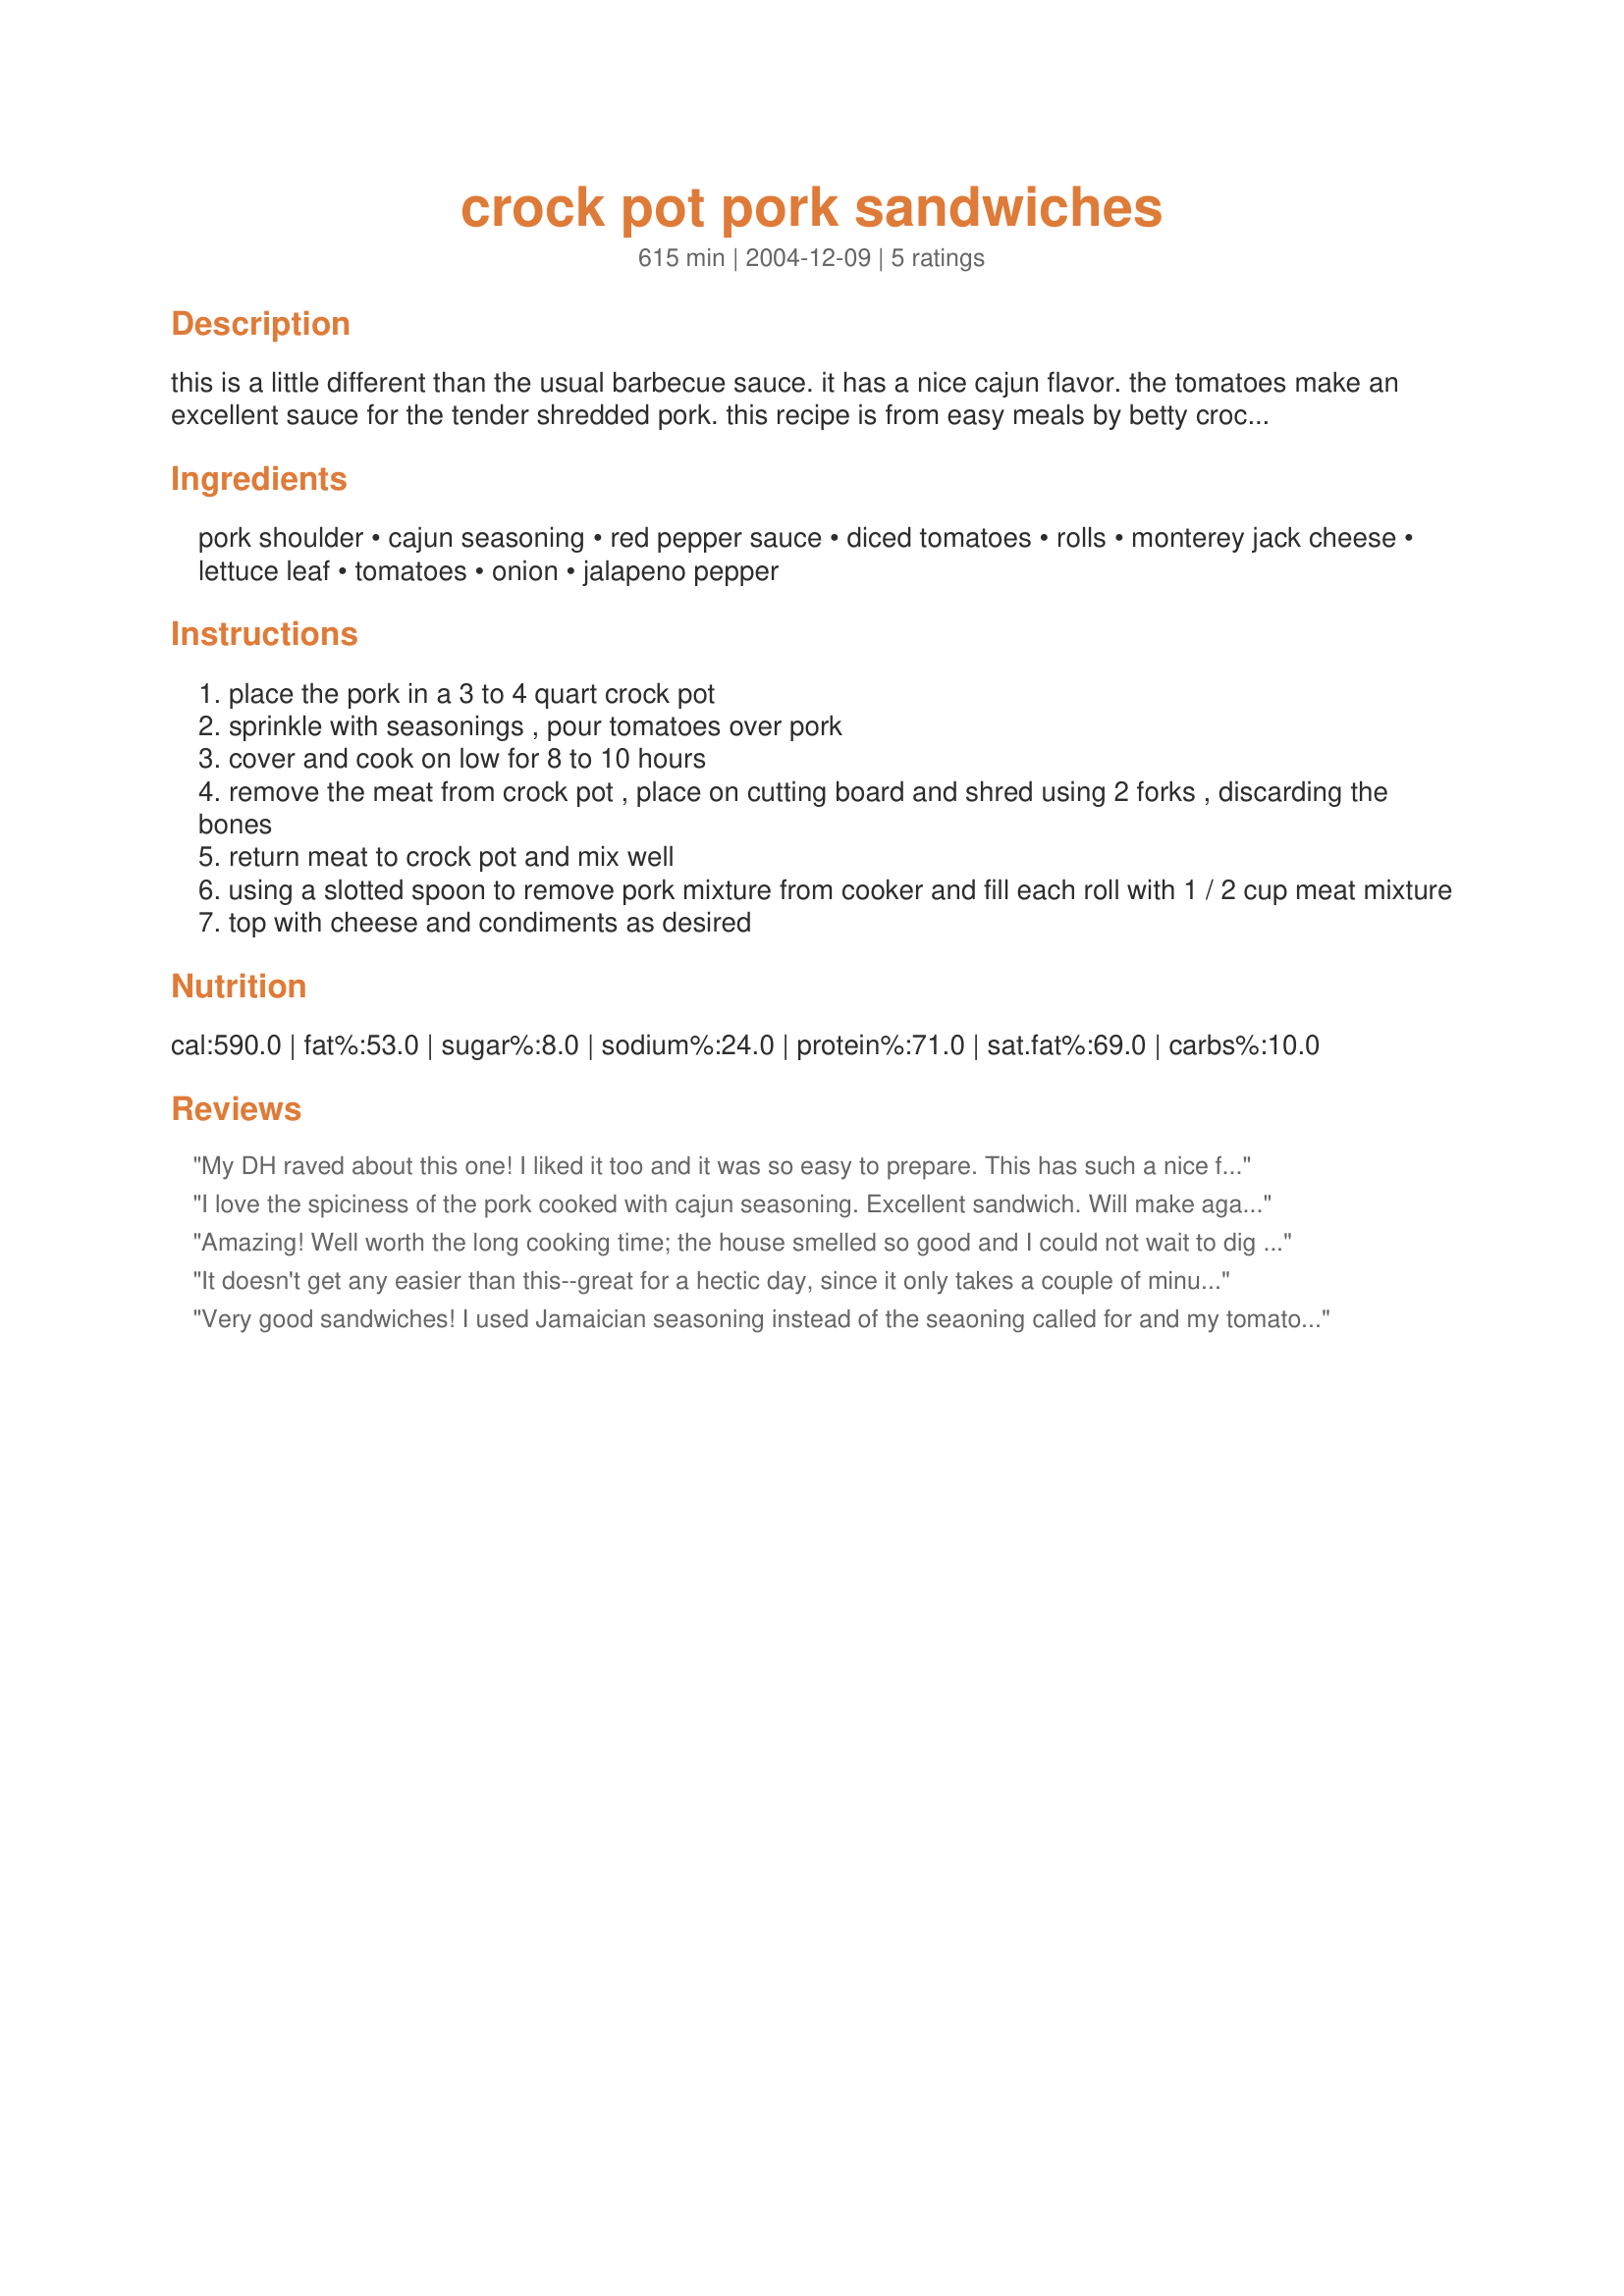
crock pot pork sandwiches
Preparation time: 615 minutes

this is a little different than the usual barbecue sauce. it has a nice cajun flavor. the tomatoes make an excellent sauce for the tender shredded pork. this recipe is from easy meals by betty crocker.

Ingredients:
pork shoulder, cajun seasoning, red pepper sauce, diced tomatoes, rolls, monterey jack cheese, lettuce leaf, tomatoes, onion, jalapeno pepper

Steps:
place the pork in a 3 to 4 quart crock pot
sprinkle with seasonings , pour tomatoes over pork
cover and cook on low for 8 to 10 hours
remove the meat from crock pot , place on cutting board and shred using 2 forks , discarding the bones
return meat to crock pot and mix well
using a slotted spoon to remove pork mixture from cooker and fill each roll with 1 / 2 cup meat mixture
top with cheese and condiments as desired

Reviews:
My DH raved about this one! I liked it too and it was so easy to prepare. This has such a nice flavor and is different from the usual BBQ pork. I liked that it isn't drowning in sauce. I reduced the amounts to prepare half of the recipe and used a Cajun seasoning recipe posted on zaar. I was a little worried about how hot this might turn out so I didn't add the full amount of cayenne. The meat has such a nice flavor, but wasn't hot at all. Next time I will add all of the pepper. Did I mention I loved this because it was easy? This recipe goes into my keeper file. Thank you Paula!!!!
I love the spiciness of the pork cooked with cajun seasoning. Excellent sandwich. Will make again soon.
Amazing! Well worth the long cooking time; the house smelled so good and I could not wait to dig into this! Made such a lovely change from BBQ pork; really loved the cajun spices in this recipe too!
It doesn't get any easier than this--great for a hectic day, since it only takes a couple of minutes to toss everything in the crockpot. I did add additional seasoning, then tossed more with the meat after it was shredded, as I thought it was a bit short on flavor. I served very simply on French bread, topped with pepper jack cheese, and we all really enjoyed the sandwiches. Thanks for posting the recipe!
Very good sandwiches! I used Jamaician seasoning instead of the seaoning called for and my tomatoes had jalapenos mixed in. We served these on rolls topped with some more spicy salsa. Thanks for sharing!
